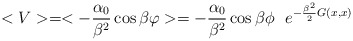
\begin{align*}< V > = < - {\alpha_0 \over \beta^2} \cos \beta \varphi > = - {\alpha_0 \over \beta^2} \cos \beta \phi~~ e^{- {\beta^2 \over 2}G(x,x)}\end{align*}